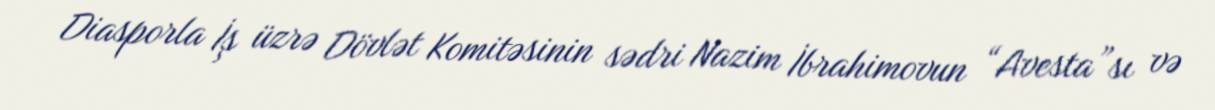
Diasporla İş üzrə Dövlət Komitəsinin sədri Nazim İbrahimovun “Avesta”sı və